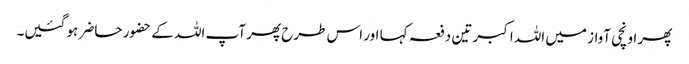
پھر اونچی آواز میں اللہ اکبر تین دفعہ کہا اور اس طرح پھر آپ اللہ کے حضور حاضر ہو گئیں۔